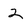
Character: 2